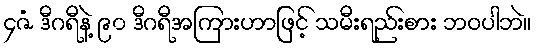
၄ဇံ ဒီဂရီနဲ့ ၉၀ ဒီဂရီအကြားဟာဖြင့် သမီးရည်းစား ဘဝပါဘဲ။